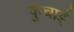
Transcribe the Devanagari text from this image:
कुचार्इ